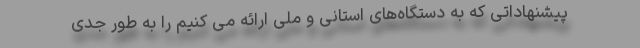
پیشنهاداتی که به دستگاه‌های استانی و ملی ارائه می کنیم را به طور جدی